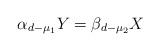
LaTeX: \begin{align*}\alpha_{d-\mu_1} Y = \beta_{d-\mu_2} X\end{align*}